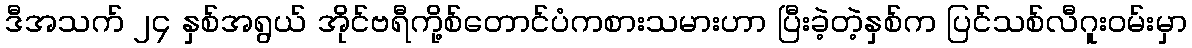
ဒီအသက် ၂၄ နှစ်အရွယ် အိုင်ဗရီကို့စ်တောင်ပံကစားသမားဟာ ပြီးခဲ့တဲ့နှစ်က ပြင်သစ်လီဂူးဝမ်းမှာ